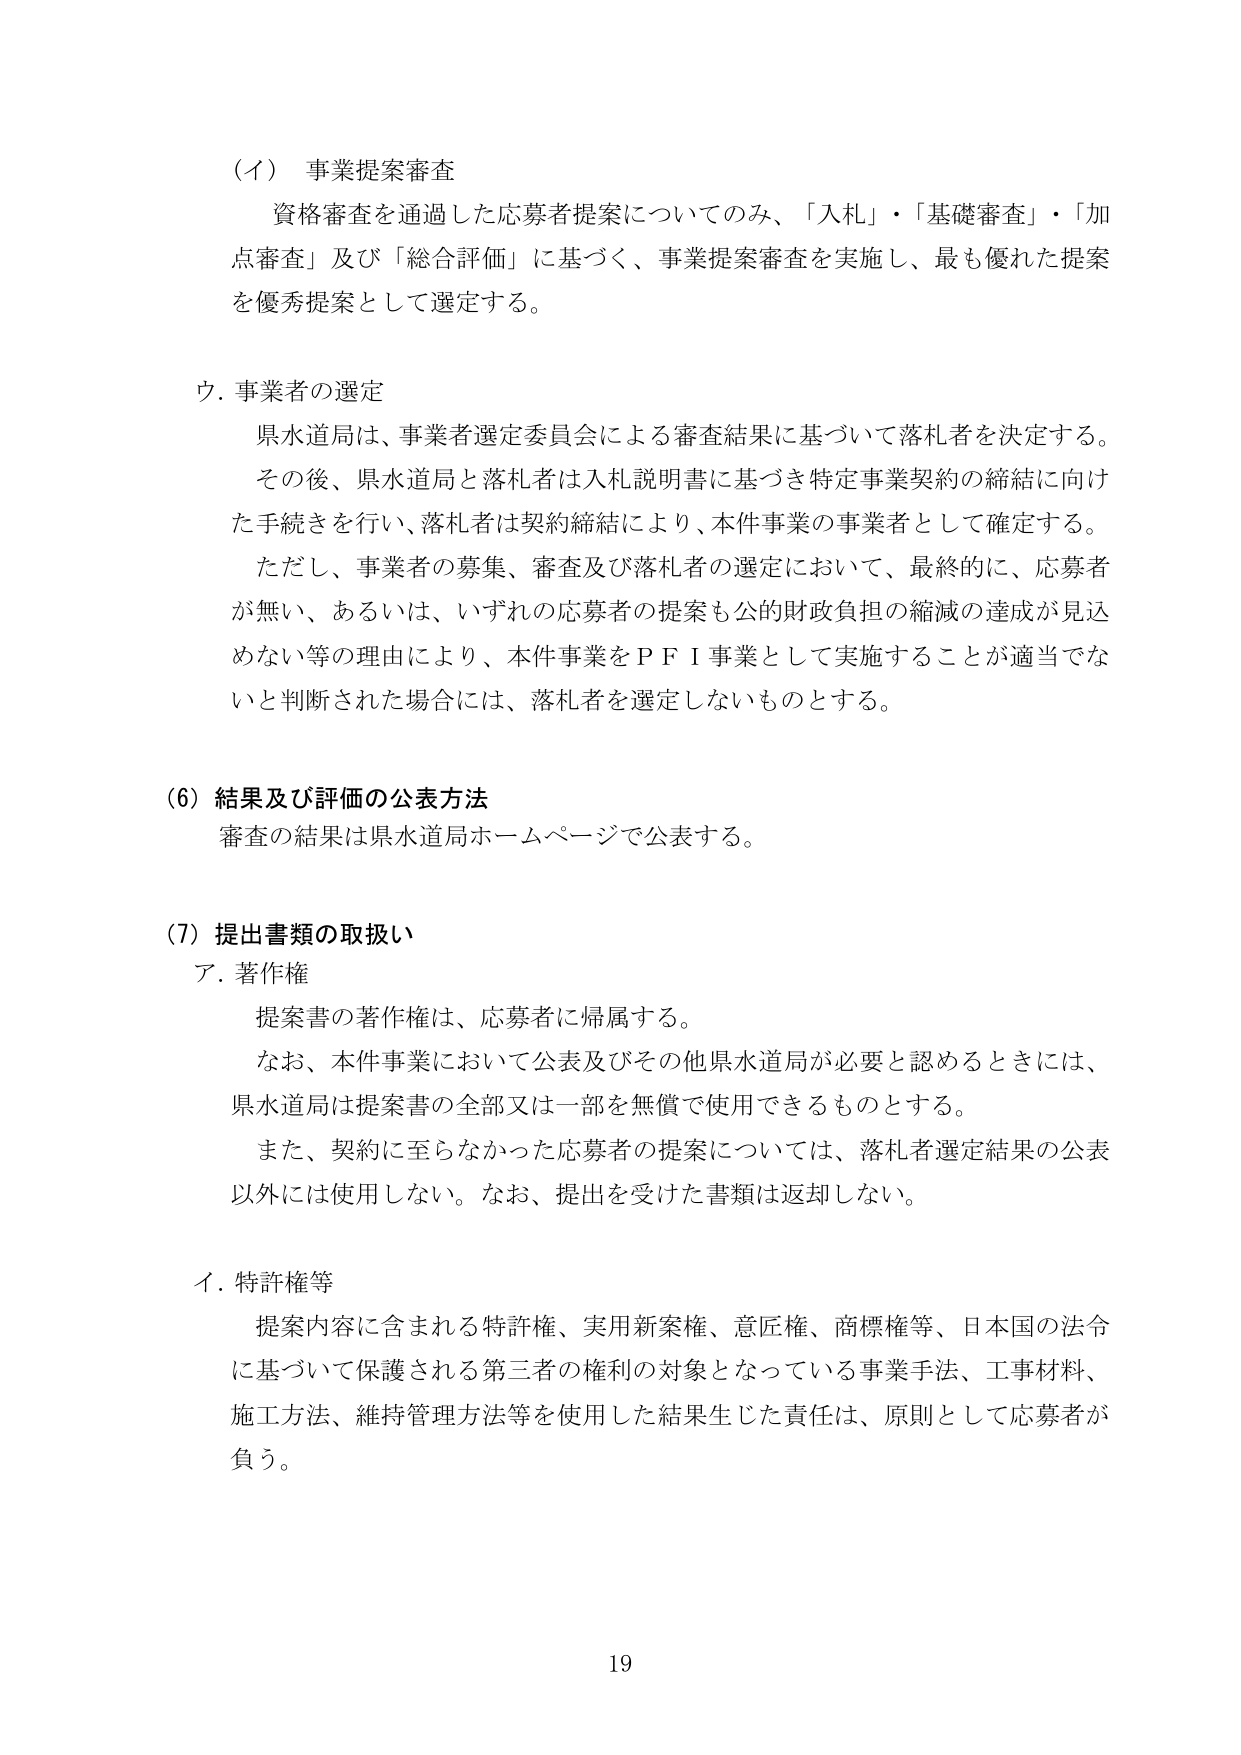
（イ）事業提案審査
資格審査を通過した応募者提案についてのみ、「入札」・「基礎審査」・「加点審査」及び「総合評価」に基づく、事業提案審査を実施し、最も優れた提案を優秀提案として選定する。

ウ．事業者の選定
県水道局は、事業者選定委員会による審査結果に基づいて落札者を決定する。
その後、県水道局と落札者は入札説明書に基づき特定事業契約の締結に向けた手続きを行い、落札者は契約締結により、本件事業の事業者として確定する。
ただし、事業者の募集、審査及び落札者の選定において、最終的に、応募者が無い、あるいは、いずれの応募者の提案も公的財政負担の縮減の達成が見込めない等の理由により、本件事業をＰＦＩ事業として実施することが適当でないと判断された場合には、落札者を選定しないものとする。

（6）結果及び評価の公表方法
審査の結果は県水道局ホームページで公表する。

（7）提出書類の取扱い
ア．著作権
提案書の著作権は、応募者に帰属する。
なお、本件事業において公表及びその他県水道局が必要と認めるときには、県水道局は提案書の全部又は一部を無償で使用できるものとする。
また、契約に至らなかった応募者の提案については、落札者選定結果の公表以外には使用しない。なお、提出を受けた書類は返却しない。

イ．特許権等
提案内容に含まれる特許権、実用新案権、意匠権、商標権等、日本国の法令に基づいて保護される第三者の権利の対象となっている事業手法、工事材料、施工方法、維持管理方法等を使用した結果生じた責任は、原則として応募者が負う。

19